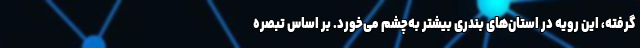
گرفته، این رویه در استان‌های بندری بیشتر به‌چشم می‌خورد. بر اساس تبصره